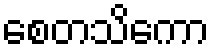
စေတသိကော